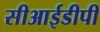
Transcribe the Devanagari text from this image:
सीआईडीपी